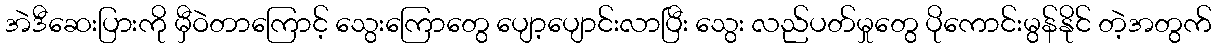
အဲဒီဆေးပြားကို မှီဝဲတာကြောင့် သွေးကြောတွေ ပျော့ပျောင်းလာပြီး သွေး လည်ပတ်မှုတွေ ပိုကောင်းမွန်နိုင် တဲ့အတွက်